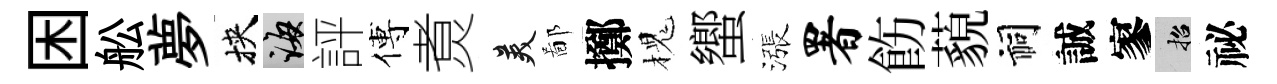
困舩夢挾誨評傅煑美鄙擲槐蠁漲署飭藐祠誠寥招祕